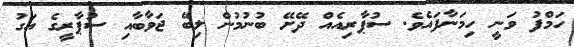
ހަމްފު ވަނީ ހިމަނާފައެވެ. ސުޕާރިއެއް ދޭށޭ ބުނުމުން ލިބޭ ޖަވާބާއި ސުޕާރީގެ އަގު